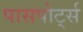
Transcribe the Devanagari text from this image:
पासपोर्ट्स